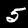
Digit: 5